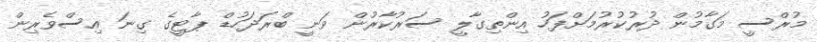
މުރްސީ މަގާމުން ދުރުކުރުމަށްފަހު އިންތިގާލީ ސަރުކާރުން ވަނީ ބްރަދަހުޑް ޕާޓީގެ ގިނަ އިސްވެރިން